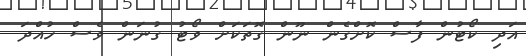
އަދި ކޯޓުން ފާސް ކޮށްގެން ނޫން ގޮތަކަށް ވޯޓު ގުނަން ވެސް ހުއްދަ